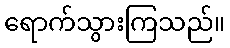
ရောက်သွားကြသည်။